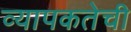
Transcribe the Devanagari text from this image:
व्यापकतेची